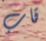
قاب